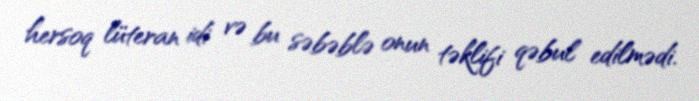
hersoq lüteran idi və bu səbəblə onun təklifi qəbul edilmədi.